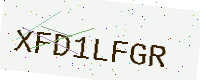
Text: XFD1LFGR